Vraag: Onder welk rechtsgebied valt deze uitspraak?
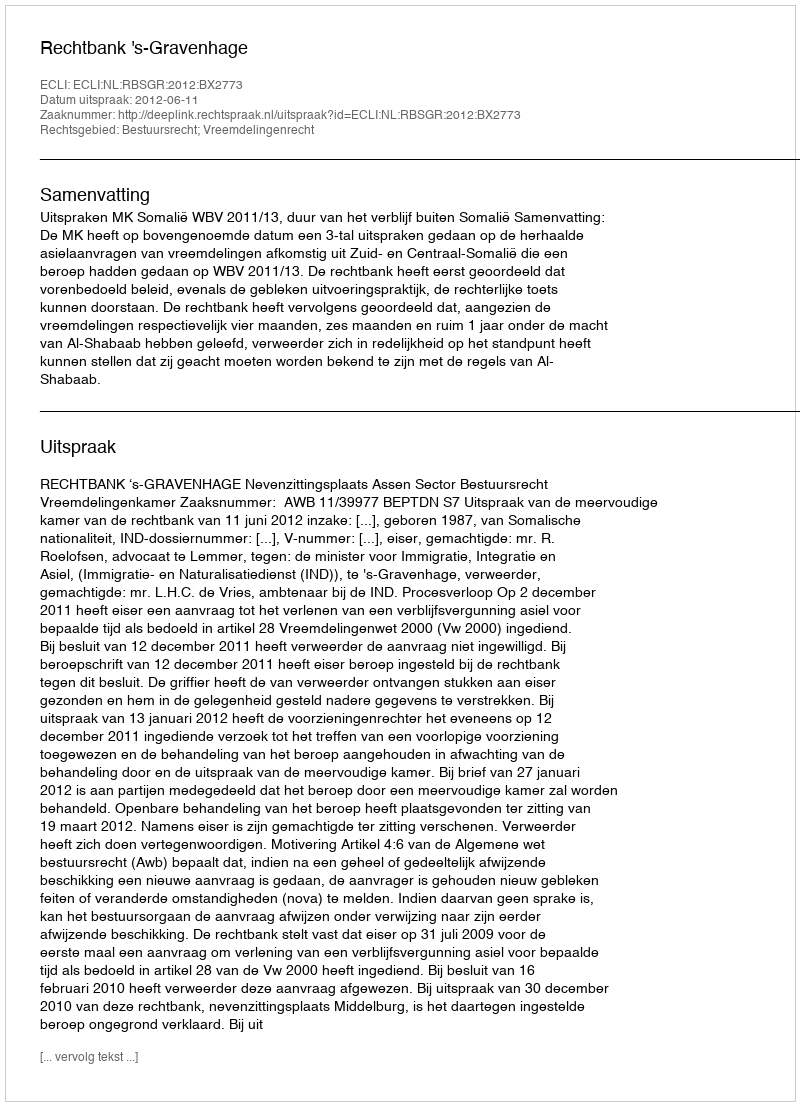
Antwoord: Bestuursrecht; Vreemdelingenrecht